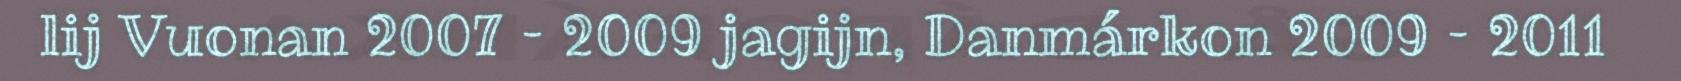
lij Vuonan 2007 – 2009 jagijn, Danmárkon 2009 – 2011